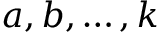
a , b , \ldots , k